Leningradi_Edasi_toimetus, lk 87
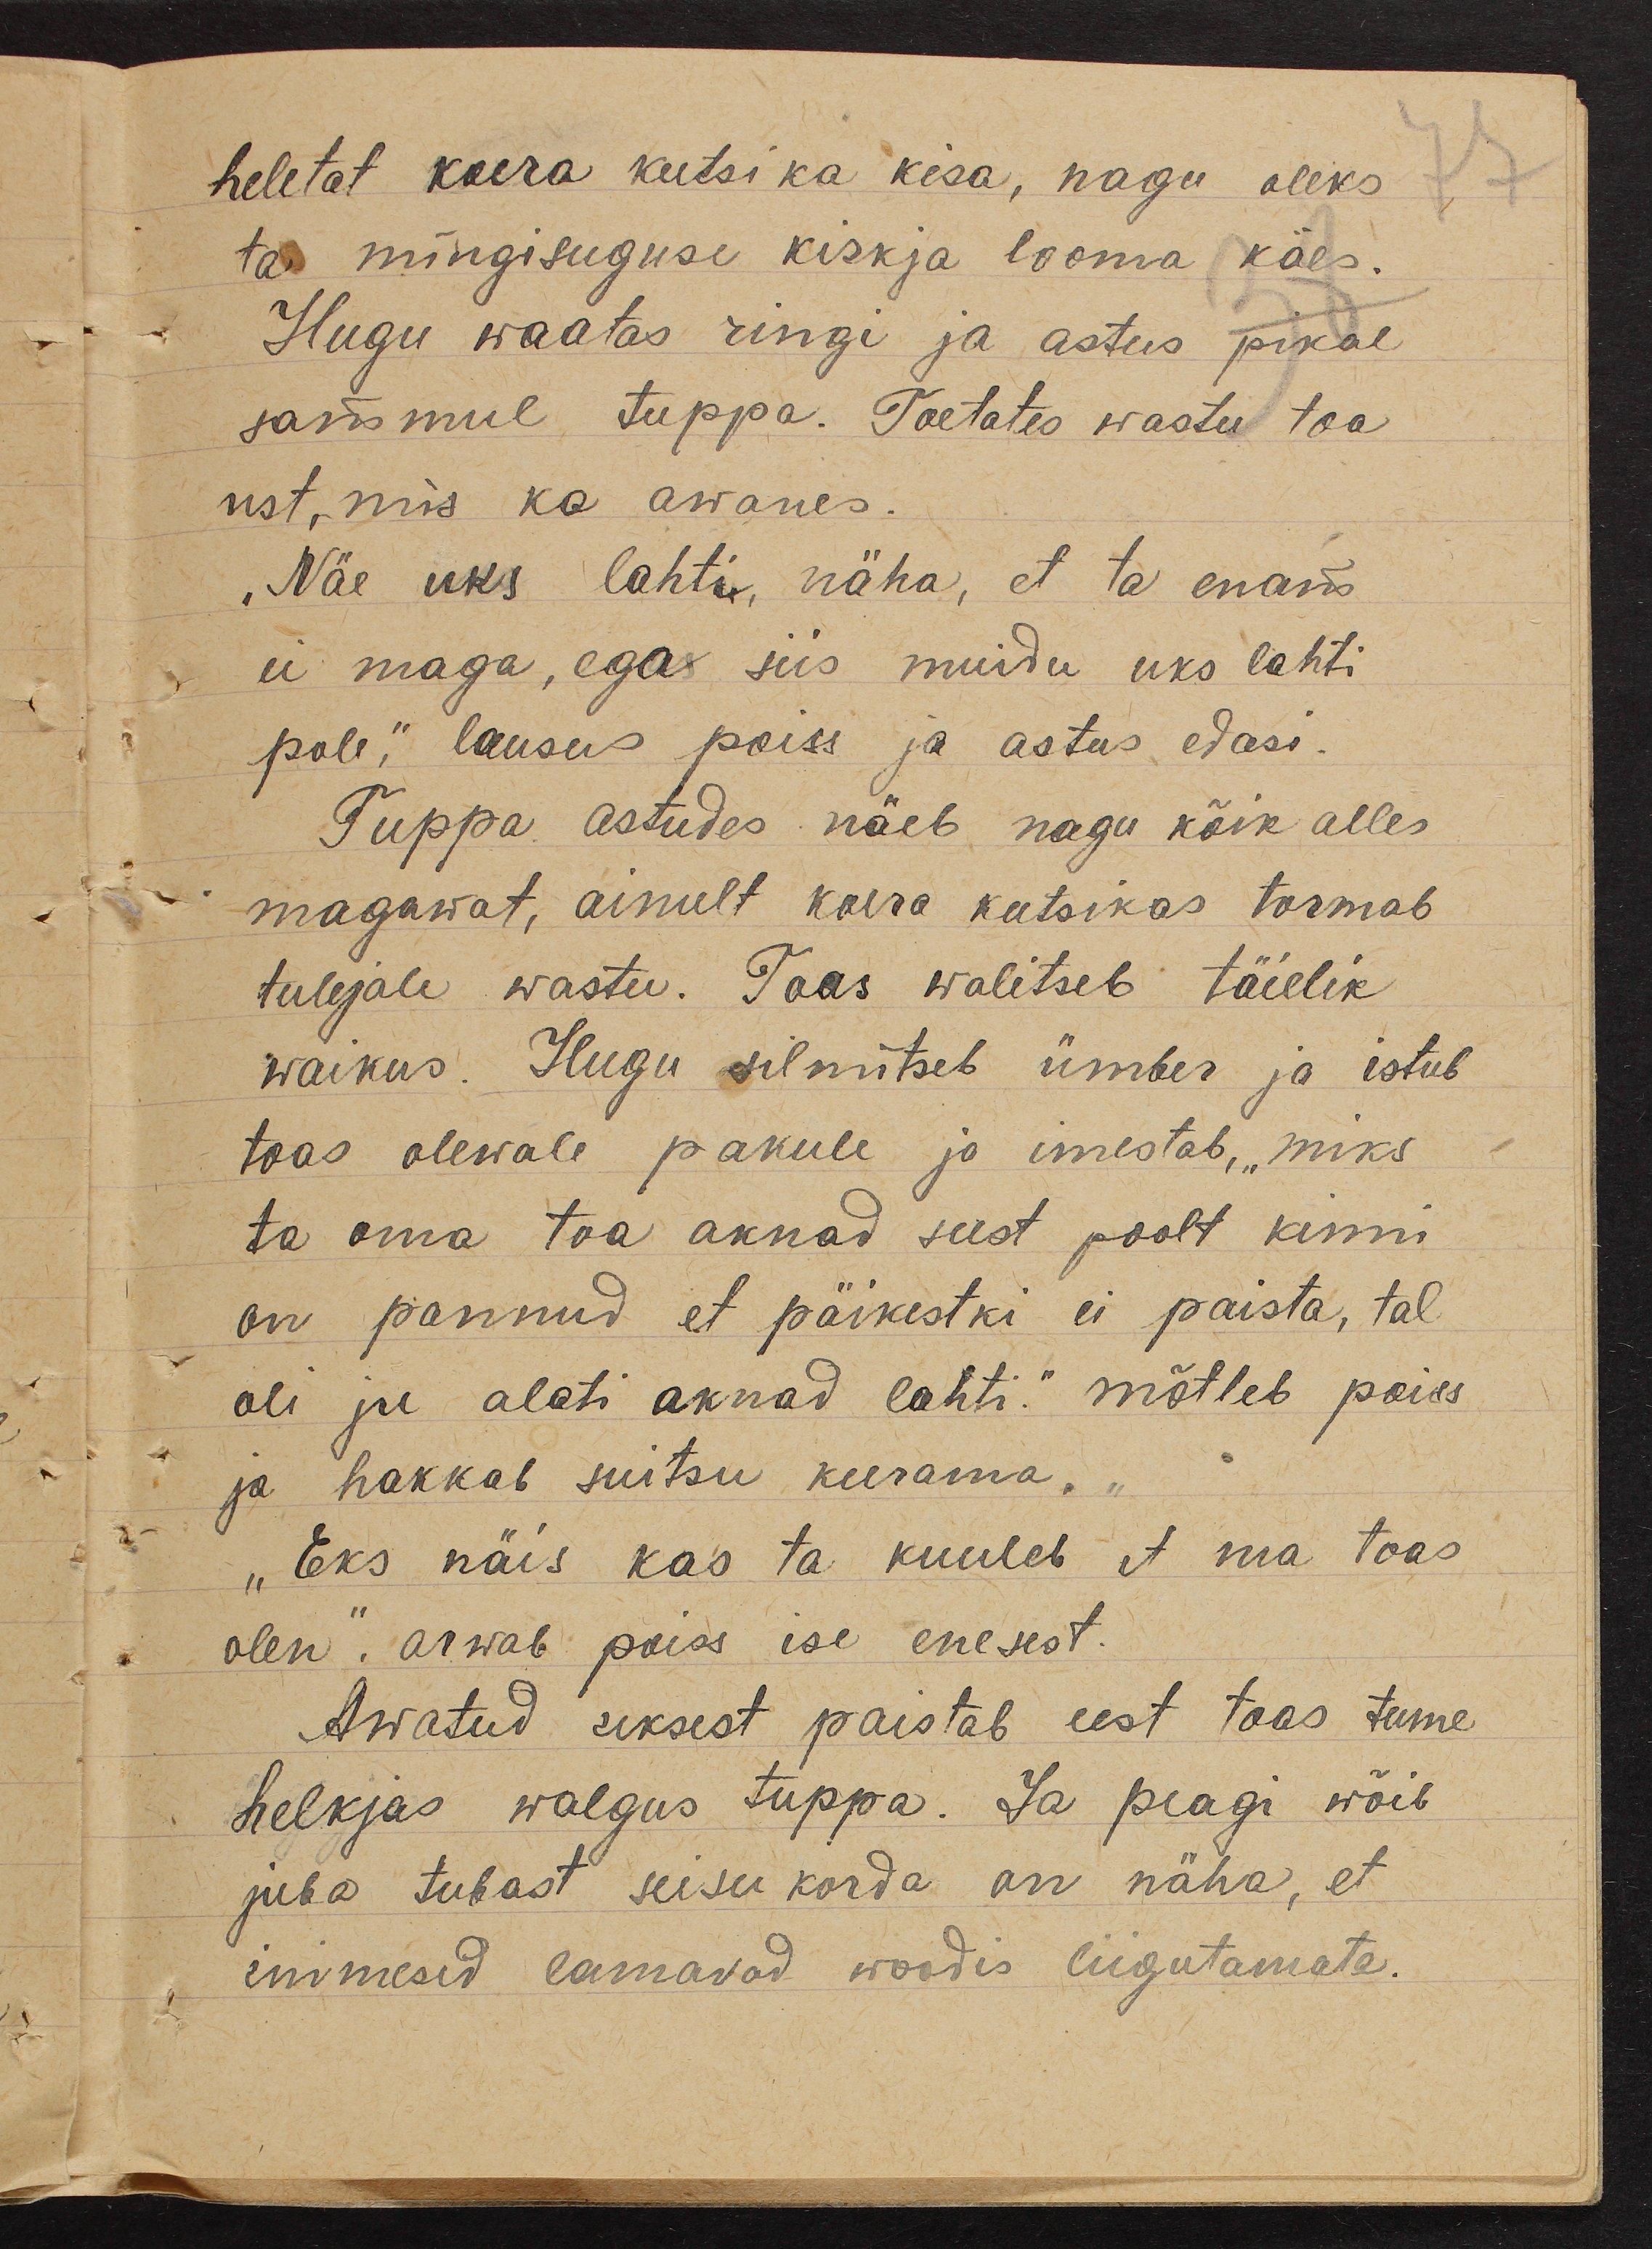
heletat koera kutsika kisa, nagu oleks
ta mingisuguse kiskja looma käes.
Hugu waatas ringi ja astus pikal
sammul tuppa. Toetates wastu toa
ust, mis ka awanes.
„Näe uks lahti, näha, et ta enam
ei maga, ega siis muidu uks lahti
pole," lausus poiss ja astus edasi.
Tuppa astudes näeb nagu kõik alles
magawat, ainult koera kutsikas tormab
tulejale wastu. Toas walitseb täielik
waikus. Hugu silmitseb ümber ja istub
toas olewale pakule ja imestab, "miks
ta oma toa aknad seest poolt kinni
on pannud et päikestki ei paista, tal
oli ju alati aknad lahti." mõtleb poiss
ja hakkab suitsu keerama.
"Eks näis kas ta kuuleb et ma toas
olen," arwab poiss ise enesest.
Awatud uksest paistab eest toas tume
helkjas walgus tuppa. Ja peagi wõib
juba tubast seisu korda on näha, et
inimesed lamavad woodis liigutamata.